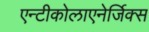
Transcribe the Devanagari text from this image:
एन्टीकोलाएनेर्जिक्स